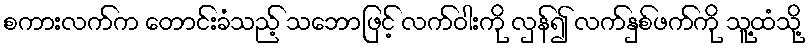
စကားလက်က တောင်းခံသည့် သဘောဖြင့် လက်ဝါးကို လှန်၍ လက်နှစ်ဖက်ကို သူ့ထံသို့